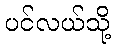
ပင်လယ်သို့